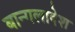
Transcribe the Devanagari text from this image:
बान्गलादेश